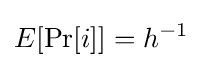
E[\mathrm {Pr} [i]]=h^{-1}